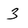
Character: 3